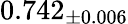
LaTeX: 0.742_{\pm 0.006}